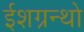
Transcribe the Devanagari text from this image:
ईशग्रन्थो